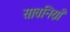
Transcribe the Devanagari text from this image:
सावनिय़ाँ